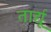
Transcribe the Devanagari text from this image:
तार्द्यू